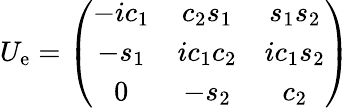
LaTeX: U_{\mathrm{e}}=\left(\begin{array}{ccc}{{-ic_{1}}}&{{c_{2}s_{1}}}&{{s_{1}s_{2}}}\\ {{-s_{1}}}&{{ic_{1}c_{2}}}&{{ic_{1}s_{2}}}\\ {{0}}&{{-s_{2}}}&{{c_{2}}}\end{array}\right)